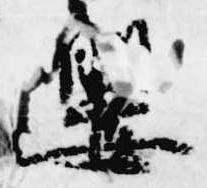
嬰